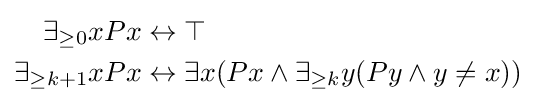
{\begin{aligned}\exists _{\geq 0}xPx&\leftrightarrow \top \\\exists _{\geq k+1}xPx&\leftrightarrow \exists x(Px\land \exists _{\geq k}y(Py\land y\neq x))\end{aligned}}